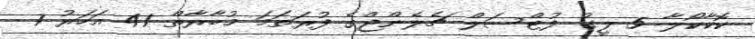
ކޮކާކޯލާ 5 ލީގު ފުޓްސަލް ޗެލެންޖްގެ ފުރަތަމަ މުބާރާތް 41 އަހަރު 7